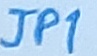
Text: JP1